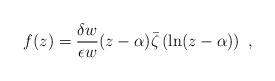
LaTeX: \begin{align*}f(z)=\frac{\delta w}{\epsilon w}(z-\alpha )\bar \zeta \left( \ln (z-\alpha )\right) \ ,\end{align*}